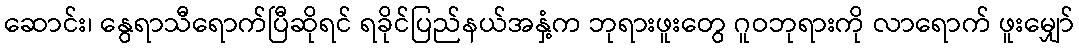
ဆောင်း၊ နွေရာသီရောက်ပြီဆိုရင် ရခိုင်ပြည်နယ်အနှံ့က ဘုရားဖူးတွေ ဂူဝဘုရားကို လာရောက် ဖူးမျှော်